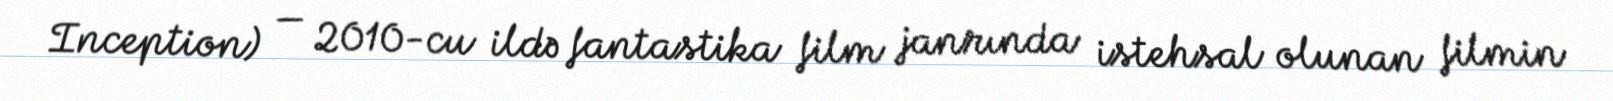
Inception) — 2010-cu ildə fantastika film janrında istehsal olunan filmin